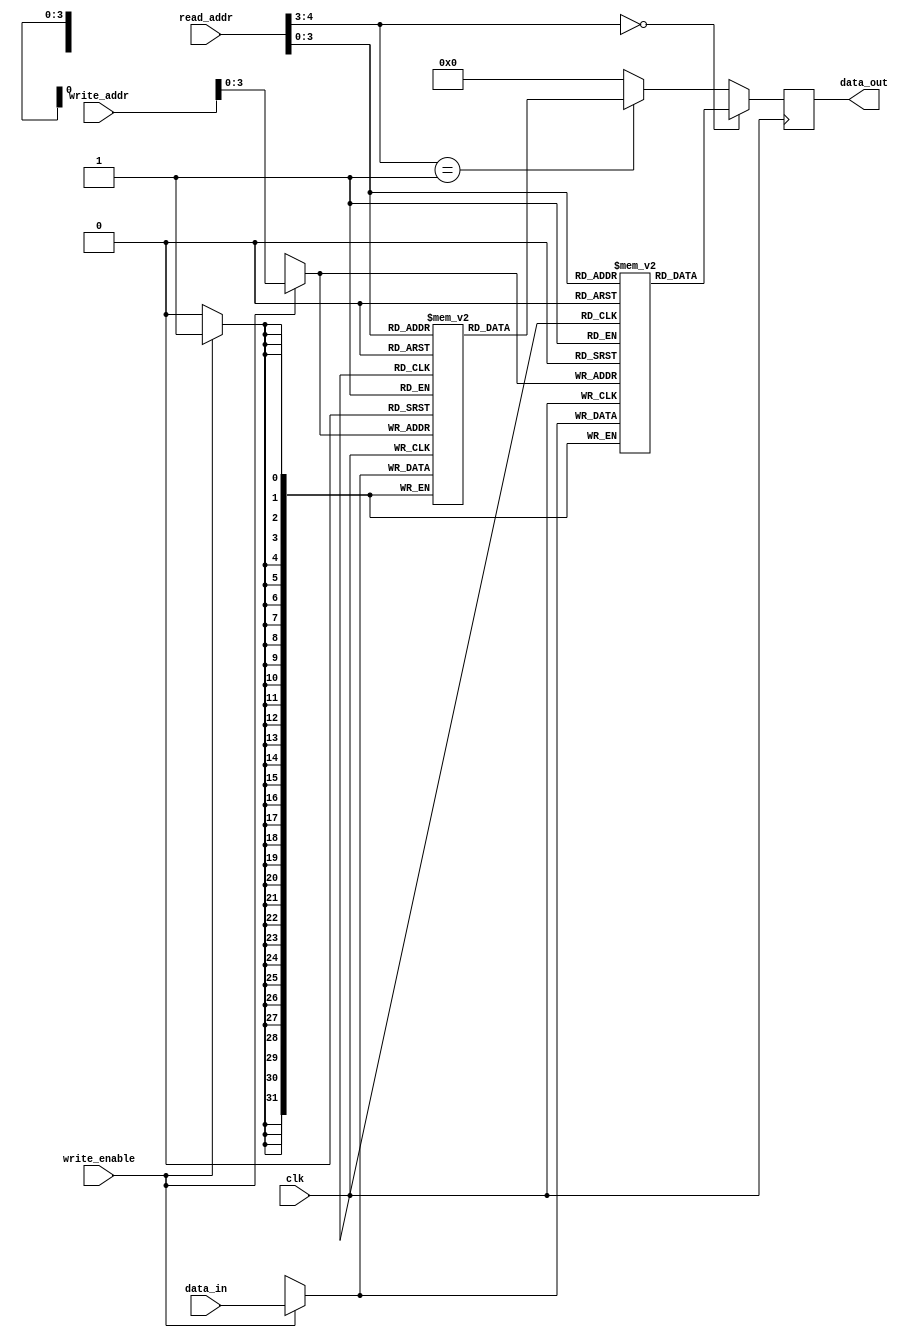
module Pipelined_Register_File (
    input wire clk,
    input wire [31:0] data_in,
    input wire [4:0] read_addr,
    input wire [4:0] write_addr,
    input wire write_enable,
    output reg [31:0] data_out
);

reg [31:0] mem_block_0 [15:0];
reg [31:0] mem_block_1 [15:0];
// Add more memory blocks as needed

always @(posedge clk) begin
    // Write data to register file
    if (write_enable) begin
        mem_block_0[write_addr] <= data_in;
        mem_block_1[write_addr] <= data_in;
        // Add write operations for more memory blocks
    end

    // Read data from register file
    data_out <= (read_addr[4:3] == 2'b00) ? mem_block_0[read_addr] :
                (read_addr[4:3] == 2'b01) ? mem_block_1[read_addr] :
                32'h00000000; // Default value if memory block is not selected
    // Add read operations for more memory blocks
end

endmodule